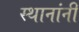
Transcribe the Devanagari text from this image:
स्थानांनी